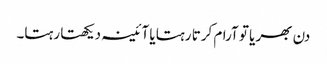
دن بھر یا تو آرام کرتا رہتا یا آئینہ دیکھتا رہتا۔